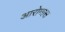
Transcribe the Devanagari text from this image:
आरोमास